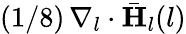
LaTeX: (1/8)\, \nabla_{l}\cdot\bar{\mathbf{H}}_{l}(l)